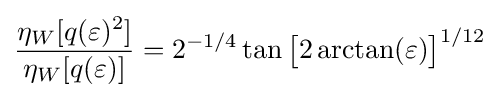
{\frac {\eta _{W}[q(\varepsilon )^{2}]}{\eta _{W}[q(\varepsilon )]}}=2^{-1/4}\tan {\bigl [}2\arctan(\varepsilon ){\bigr ]}^{1/12}